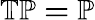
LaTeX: \mathbb{TP=P}